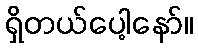
ရှိတယ်ပေါ့နော်။